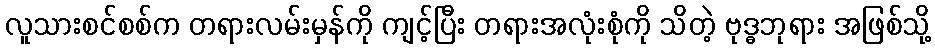
လူသားစင်စစ်က တရားလမ်းမှန်ကို ကျင့်ပြီး တရားအလုံးစုံကို သိတဲ့ ဗုဒ္ဓဘုရား အဖြစ်သို့